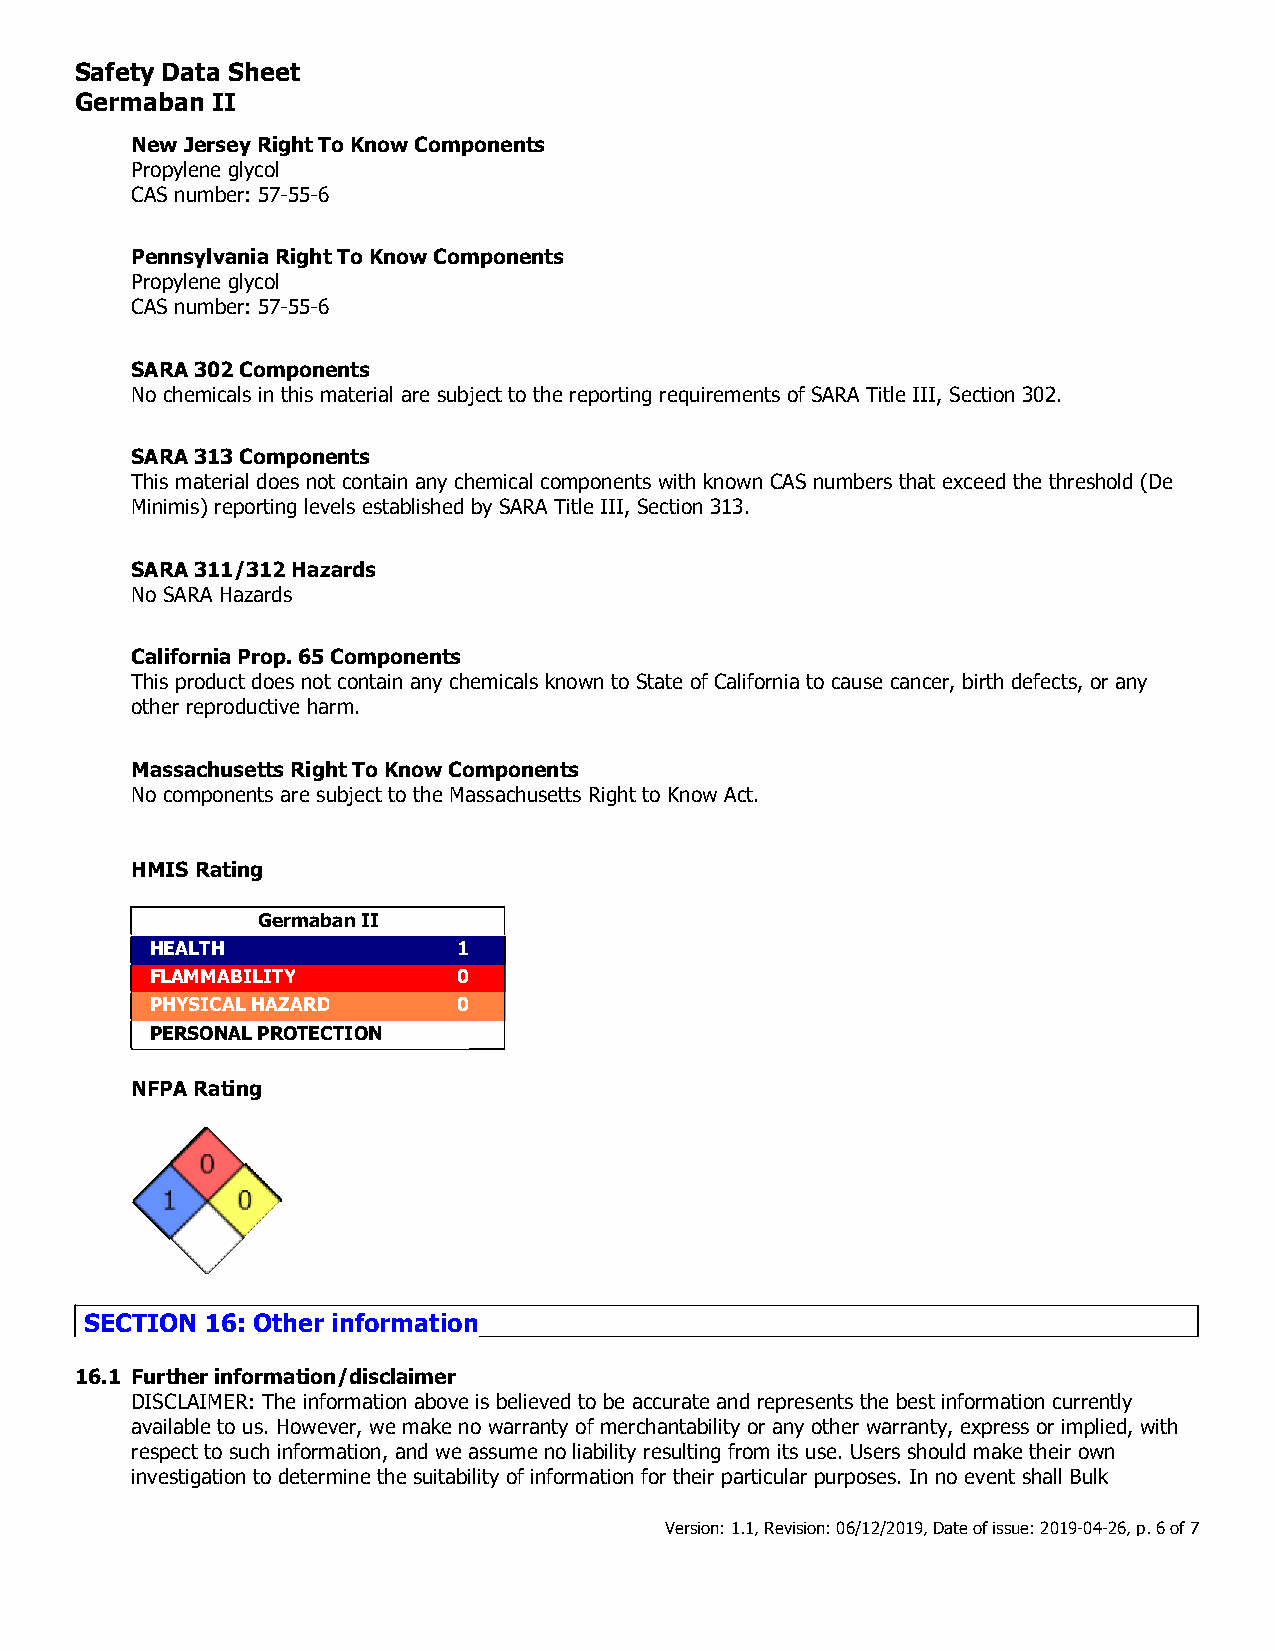
Safety Data Sheet
 Germaban II
 NewJerseyRightToKnowComponents
 Propylene glycol
 CAS number: 57-55-6
 PennsylvaniaRightToKnowComponents
 Propylene glycol
 CAS number: 57-55-6
 SARA302Components
 No chemicals in this material are subject to the reporting requirements of SARA Title III, Section 302.
 SARA313Components
 This material does not contain any chemical components with known CAS numbers that exceed the threshold (De
 Minimis) reporting levels established by SARA Title III, Section 313.
 SARA311/312Hazards
 No SARA Hazards
 CaliforniaProp.65Components
 This product does not contain any chemicals known to State of California to cause cancer, birth defects, or any
 other reproductive harm.
 MassachusettsRightToKnowComponents
 No components are subject to the Massachusetts Right to Know Act.
 HMISRating
 GermabanII
 HEALTH              1
 FLAMMABILITY        0
 PHYSICALHAZARD      0
 PERSONALPROTECTION
 NFPARating
 SECTION 16: Other information
 16.1 Furtherinformation/disclaimer
 DISCLAIMER: The information above is believed to be accurate and represents the best information currently
 available to us. However, we make no warranty of merchantability or any other warranty, express or implied, with
 respect to such information, and we assume no liability resulting from its use. Users should make their own
 investigation to determine the suitability of information for their particular purposes. In no event shall Bulk
 Version:1.1,Revision:06/12/2019,Dateofissue:2019-04-26,p.6of7